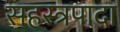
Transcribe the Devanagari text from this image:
सहस्त्रपादा